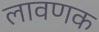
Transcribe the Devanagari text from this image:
लावणक